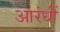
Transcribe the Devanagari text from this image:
आरंधीं